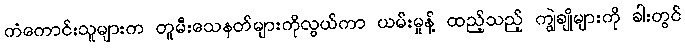
ကံကောင်းသူများက တူမီးသေနတ်များကိုလွယ်ကာ ယမ်းမှုန့် ထည့်သည့် ကျွဲချိုများကို ခါးတွင်